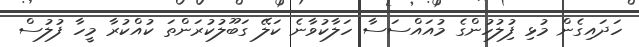
ހަދައިގެން މުޅި ފިުލުހުންގެ މުއައްސަސާ ހަލާކުވާނެ ކަލޭ ގަބޫލުކުރަންތަ ކުއްކުރާ މީހާ ފުލުސް